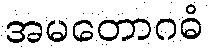
အမတောဂဓံ